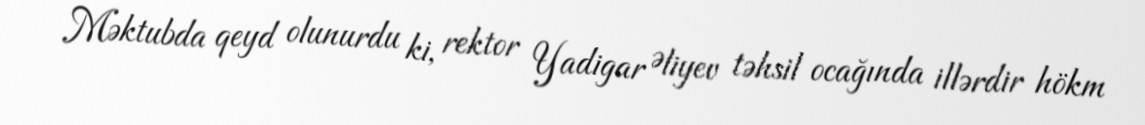
Məktubda qeyd olunurdu ki, rektor Yadigar Əliyev təhsil ocağında illərdir hökm